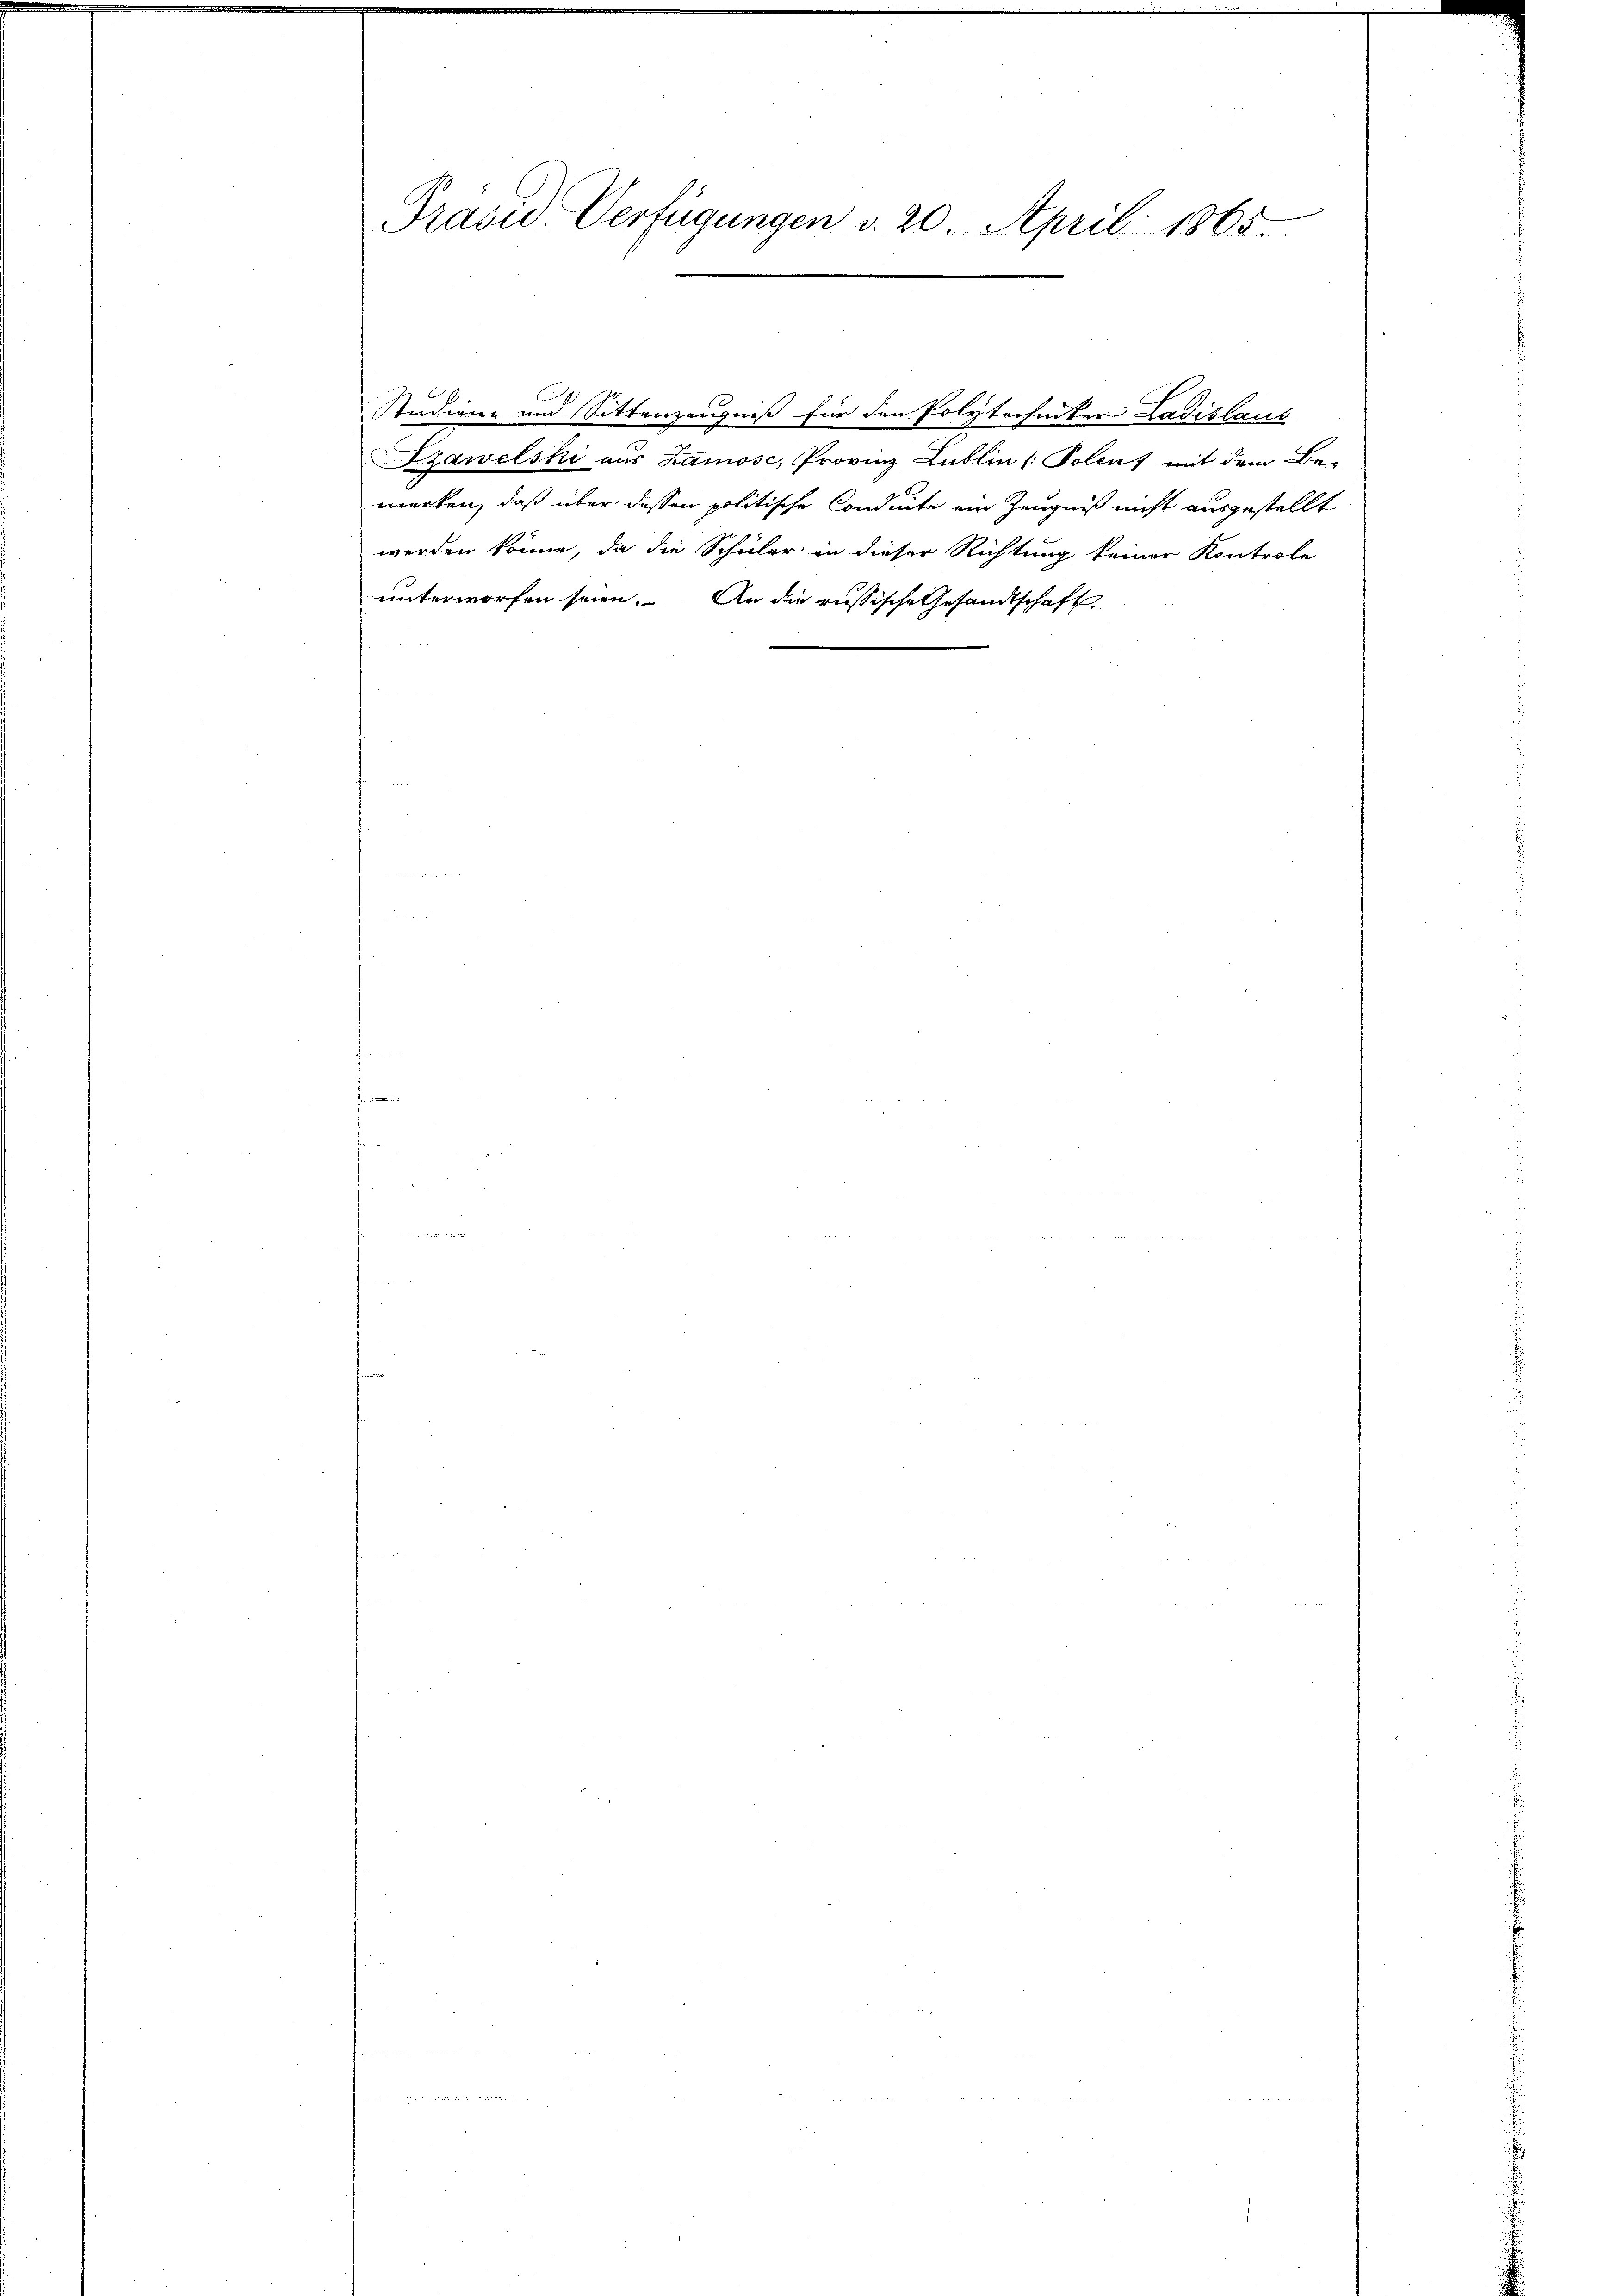
Präsid. Verfügungen v. 20. April 1865.

¬
Studiene und Sittenzeugniß für den Polytechinter Ladislaus
Zzawelski aus Zamosc, Provinz Lublin (Polenz mit dem Bemerken, daß über dessen politische Conduite ein Zeugniß nicht ausgestellt
werden könne, da die Schüler in dieser Richtung keiner Kontrole
unterworfen seien. An die russische Gesandtschaft